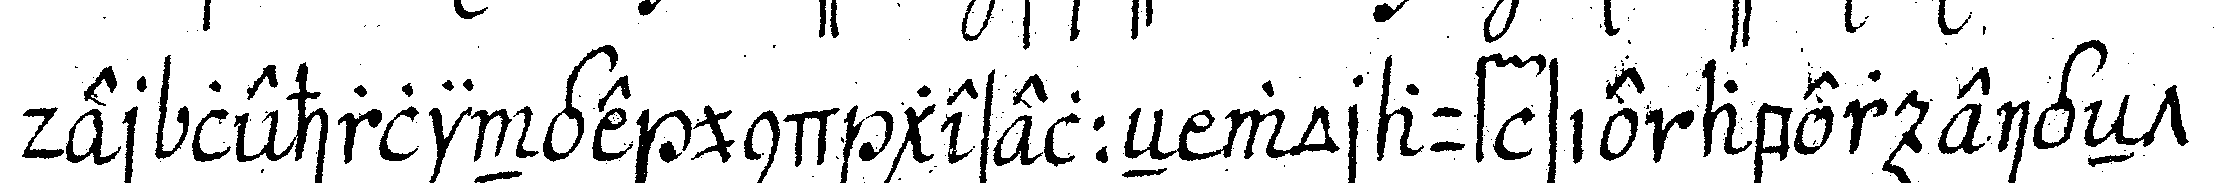
der lehrlinge und geselleN worauf sie aber eigeNt